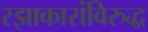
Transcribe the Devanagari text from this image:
रझाकारांविरुद्ध